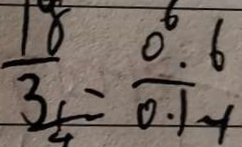
\frac { 1 8 } { 3 } = \frac { 0 . 6 } { 0 . 1 - 1 }